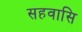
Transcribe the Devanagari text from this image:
सहवासि